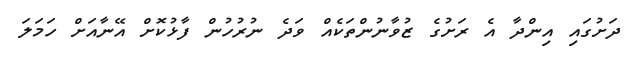
ދަށުގައި އިންދާ އެ ރަށުގެ ޒުވާނުންތަކެއް ވަދެ ނުރުހުން ފާޅުކޮށް އޭނާއަށް ހަމަލަ